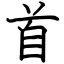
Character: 首